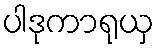
ပါဒုကာရုယှ